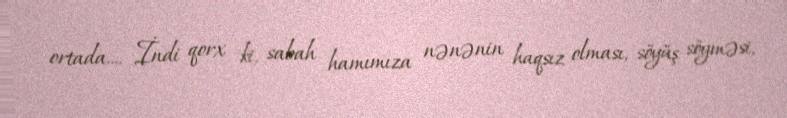
ortada.... İndi qorx ki, sabah hamımıza nənənin haqsız olması, söyüş söyməsi,